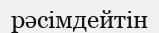
рәсімдейтін